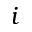
i